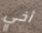
أخي